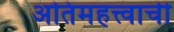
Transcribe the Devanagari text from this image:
अतिमहत्त्वाची